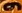
و